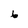
Character: 6